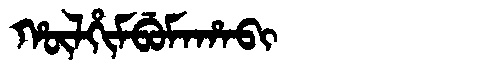
Manchu: ᡥᡡᠯᡥᡳᠮᠪᡠᠮᠠᡥᠠᠪᡳ
Romanization: HŪLHIMBUMAHABI